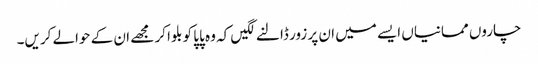
چاروں ممانیاں ایسے میں ان پر زور ڈالنے لگیں کہ وہ پاپا کو بلوا کر مجھے ان کے حوالے کریں۔